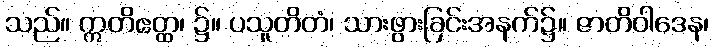
သည်။ ဣတိဧတ္ထ၊ ၌။ ပသူတိတံ၊ သားဖွားခြင်းအနက်၌။ ဇာတိဝါဒေန၊